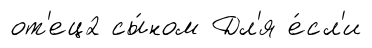
от'ец2 сы́ном Дл'я е́сл'и